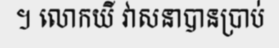
។ លោកយី វាសនាបានប្រាប់